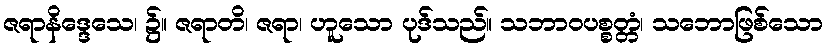
ဇရာနိဒ္ဒေသေ၊ ၌။ ဇရာတိ၊ ဇရာ၊ ဟူသော ပုဒ်သည်။ သဘာဝပစ္စတ္တံ၊ သဘောဖြစ်သော